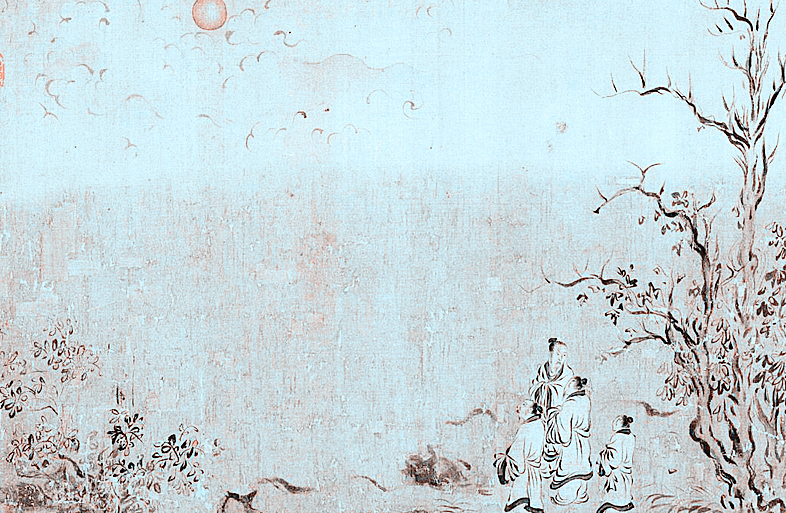
蜚鸟尽，良弓藏狡兔死，走狗烹。